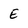
Character: E